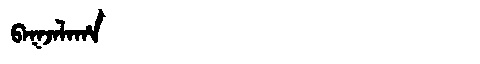
Manchu: ᠪᠠᡴᠵᠠᠯᠠᡥᠠ
Romanization: BAKJALAHA